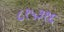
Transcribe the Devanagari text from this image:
८१५३१६